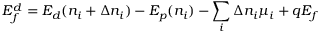
E _ { f } ^ { d } = E _ { d } ( n _ { i } + \Delta n _ { i } ) - E _ { p } ( n _ { i } ) - \sum _ { i } \Delta n _ { i } \mu _ { i } + q E _ { f }